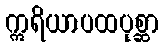
ဣရိယာပထပုစ္ဆာ